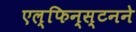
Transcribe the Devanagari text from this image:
एल्‌फिन्स्टनने